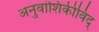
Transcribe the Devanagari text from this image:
अनुवांशिकीविद्